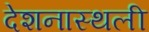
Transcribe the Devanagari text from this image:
देशनास्थली